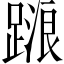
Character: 𨃹